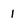
Character: 1